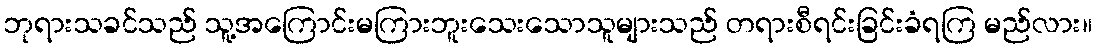
ဘုရားသခင်သည် သူ့အကြောင်းမကြားဘူးသေးသောသူများသည် တရားစီရင်းခြင်းခံရကြ မည်လား။